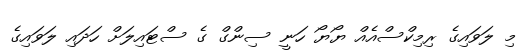
މި ލަވައިގެ ރިމިކްސްއެއް ޔޯޔޯ ހަނީ ސިންގް ގެ ސްޓައިލަށް ހަދައި ލަވައިގެ